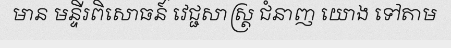
មាន មន្ទីរពិសោធន៍ វេជ្ជសាស្ត្រ ជំនាញ យោង ទៅតាម